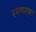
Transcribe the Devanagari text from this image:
रमणगरा